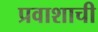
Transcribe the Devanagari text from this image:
प्रवाशाची